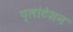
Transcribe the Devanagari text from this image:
प्लांटेशन